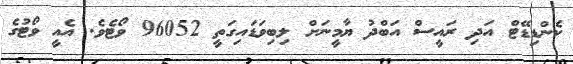
ކެންޑިޑޭޓް އަދި ރައީސް އަބްދު ޔާމީނަށް ލިބިވަޑައިގަތީ 96052 ވޯޓެވެ. އެއީ ވޯޓުގެ